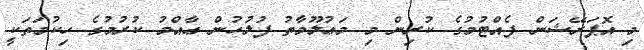
މި އޮޕަރޭޝަން ފެއްޓުމުގެ ކުރިން މި މަޢުލޫމާތު ފުލުހުން ޢާއްމު ކުރުމުގެ ހިކުމަތަކީ